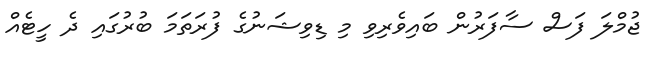
ޖުމްލަ ފަސް ސާފަރުން ބައިވެރިވި މި ޑިވިޝަނުގެ ފުރަތަމަ ބުރުގައި ދެ ހީޓެއް